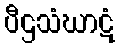
ပီဌသံဃာဋံ